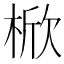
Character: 𣔙